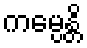
ကမ္ပေန္တိ